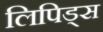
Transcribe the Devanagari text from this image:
लिपिड्स